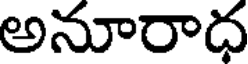
అనూరాధ